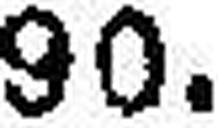
90.